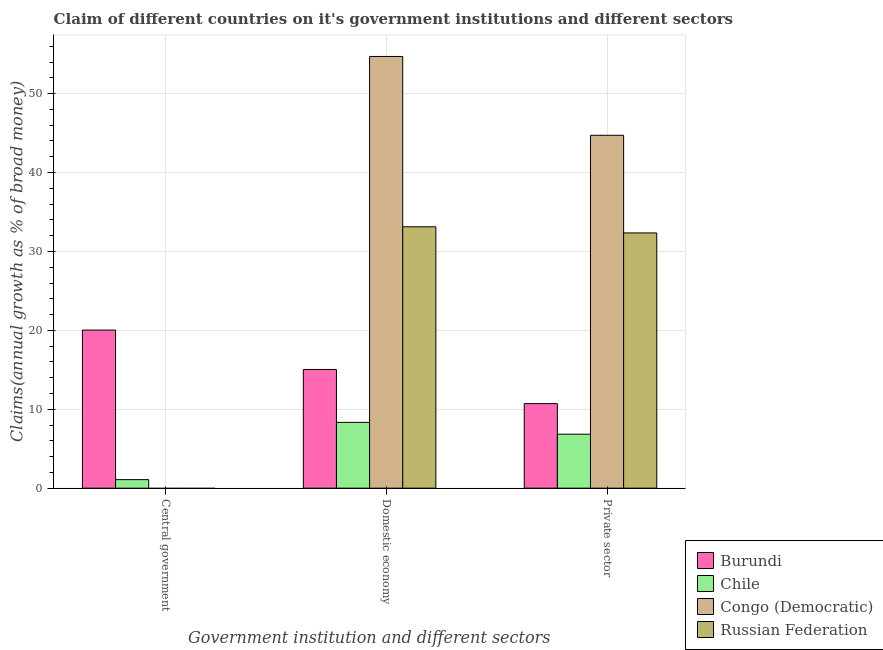
| Government institution and different sectors | Burundi | Chile | Congo (Democratic) | Russian Federation |
 | --- | --- | --- | --- | --- |
 | Central government | 20 | 1.08 | -9.1 | -2.61 |
 | Domestic economy | 15 | 8.34 | 54.7 | 33.1 |
 | Private sector | 10.7 | 6.84 | 44.7 | 32.3 |